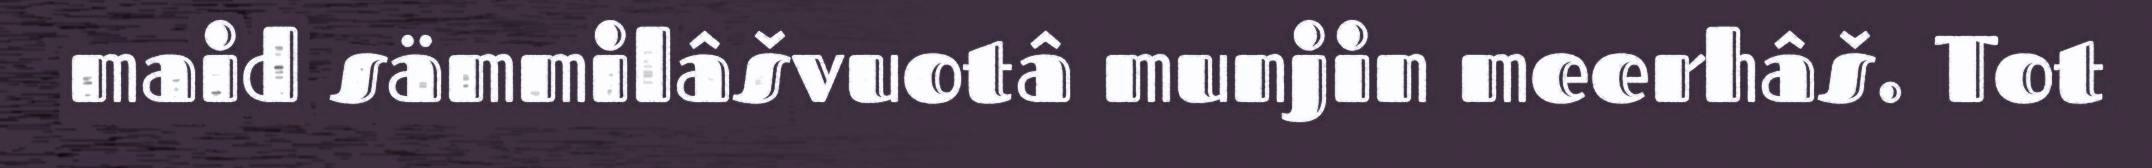
maid sämmilâšvuotâ munjin meerhâš. Tot